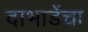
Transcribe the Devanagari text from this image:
दाभाडेंचा